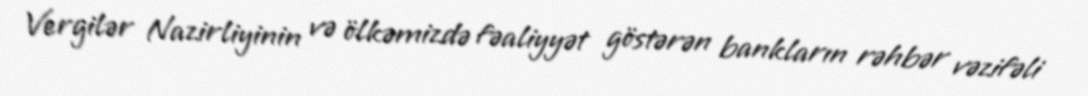
Vergilər Nazirliyinin və ölkəmizdə fəaliyyət göstərən bankların rəhbər vəzifəli